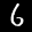
Label: 6